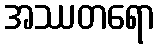
အဿတရော